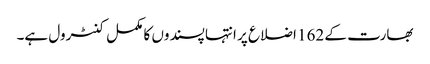
بھارت کے 162 اضلاع پر انتہا پسندوں کا مکمل کنٹرول ہے۔